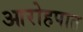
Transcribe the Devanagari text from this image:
आरोहपात